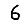
Digit: 6